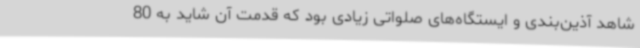
شاهد آذین‌بندی و ایستگاه‌های صلواتی زیادی بود که قدمت آن شاید به 80